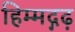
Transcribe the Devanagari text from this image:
हिम्मद्गढ़